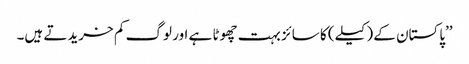
’’پاکستان کے (کیلے) کا سائز بہت چھوٹا ہے اور لوگ کم خریدتے ہیں۔